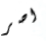
اصر